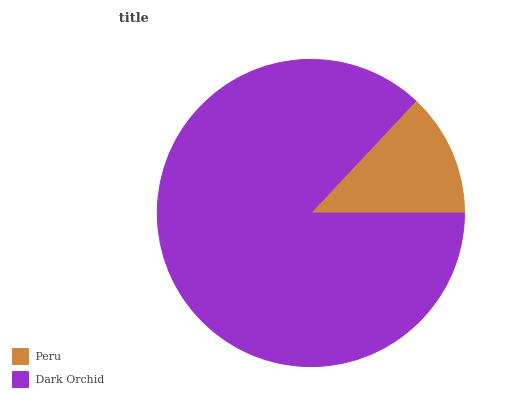
| Peru | Dark Orchid |
 | --- | --- |
 | 13% | 87% |